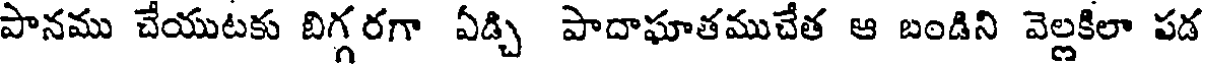
పానము చేయుటకు బిగ్గరగా ఏడ్చి పాదాఘాతముచేత ఆ బండిని వెల్లకిలా పడ